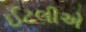
ઈટલીએ